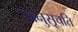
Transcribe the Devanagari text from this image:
अनुसूचति